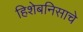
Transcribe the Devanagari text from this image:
हिशेबनिसाचे